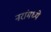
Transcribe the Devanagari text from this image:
नरांमध्ये